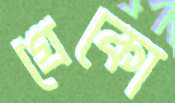
গ্রেকো